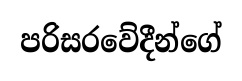
පරිසරවේදීන්ගේ